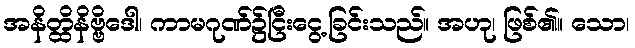
အနိတ္ထိနိဗ္ဗိဒေါ၊ ကာမဂုဏ်၌ငြီးငွေ့ခြင်းသည်။ အဟု၊ ဖြစ်၏။ သော၊